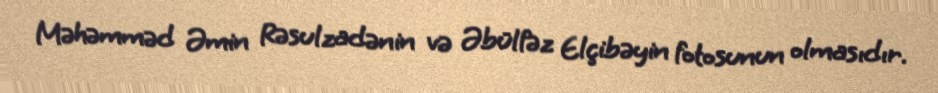
Məhəmməd Əmin Rəsulzadənin və Əbülfəz Elçibəyin fotosunun olmasıdır.